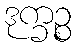
ဒုက္ခဉ္စ